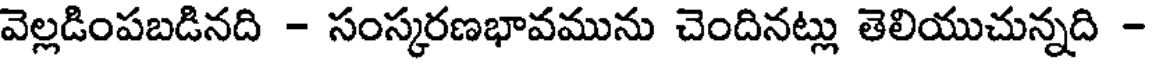
వెల్లడింపబడినది - సంస్కరణభావమును చెందినట్లు తెలియుచున్నది -